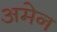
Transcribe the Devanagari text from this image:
अमेन